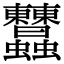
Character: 𧖤